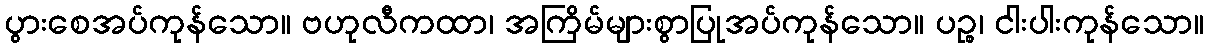
ပွားစေအပ်ကုန်သော။ ဗဟုလီကထာ၊ အကြိမ်များစွာပြုအပ်ကုန်သော။ ပဉ္စ၊ ငါးပါးကုန်သော။